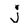
Character: j